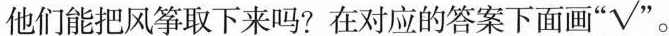
他们能把风筝取下来吗?在对应的答案下面画”√”。